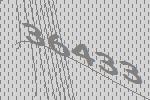
36433